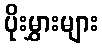
ပိုးမွှားများ